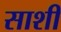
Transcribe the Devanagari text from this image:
साशी